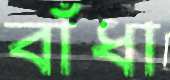
বাঁধা